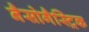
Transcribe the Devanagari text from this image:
नैसोगैस्ट्रिक